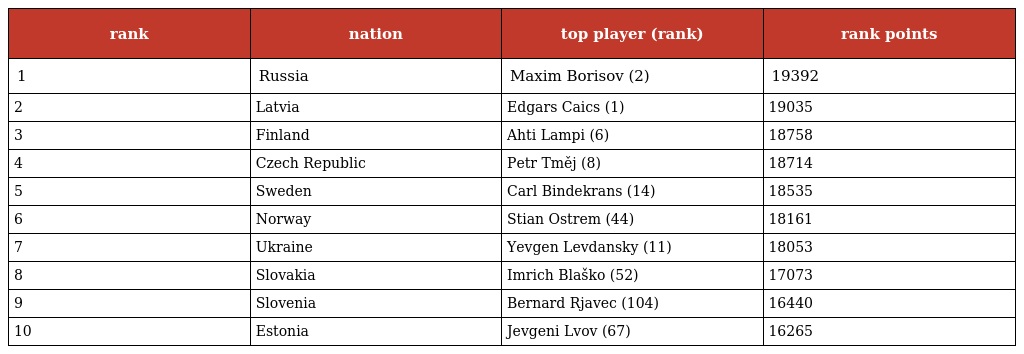
| rank | nation | top player (rank) | rank points |
 | --- | --- | --- | --- |
 | 1 | Russia | Maxim Borisov (2) | 19392 |
 | 2 | Latvia | Edgars Caics (1) | 19035 |
 | 3 | Finland | Ahti Lampi (6) | 18758 |
 | 4 | Czech Republic | Petr Tměj (8) | 18714 |
 | 5 | Sweden | Carl Bindekrans (14) | 18535 |
 | 6 | Norway | Stian Ostrem (44) | 18161 |
 | 7 | Ukraine | Yevgen Levdansky (11) | 18053 |
 | 8 | Slovakia | Imrich Blaško (52) | 17073 |
 | 9 | Slovenia | Bernard Rjavec (104) | 16440 |
 | 10 | Estonia | Jevgeni Lvov (67) | 16265 |